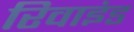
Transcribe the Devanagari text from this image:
रिवाइंड